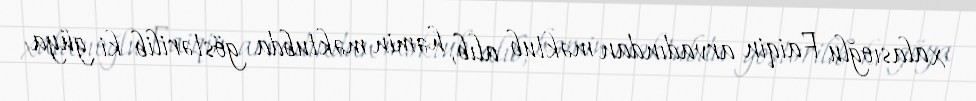
xalasıoğlu Faiqin arvadından məktub alıb, həmin məktubda göstərilib ki güya